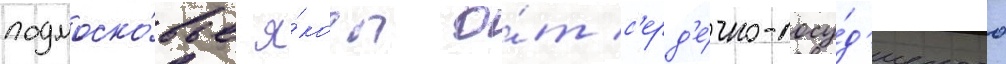
подмоско́вье я́кобы о́т с'ерд'е́чно-сосу́д'истого